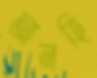
আনহি